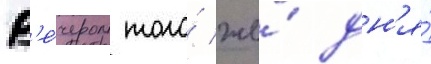
В'е́чером того́ же́ дн'я́